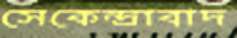
সেকেন্দ্রাবাদ